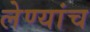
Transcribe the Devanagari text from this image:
लेण्यांच